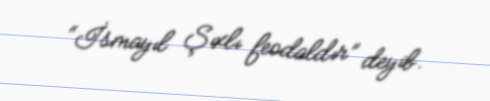
“İsmayıl Şıxlı feodaldır” deyib.